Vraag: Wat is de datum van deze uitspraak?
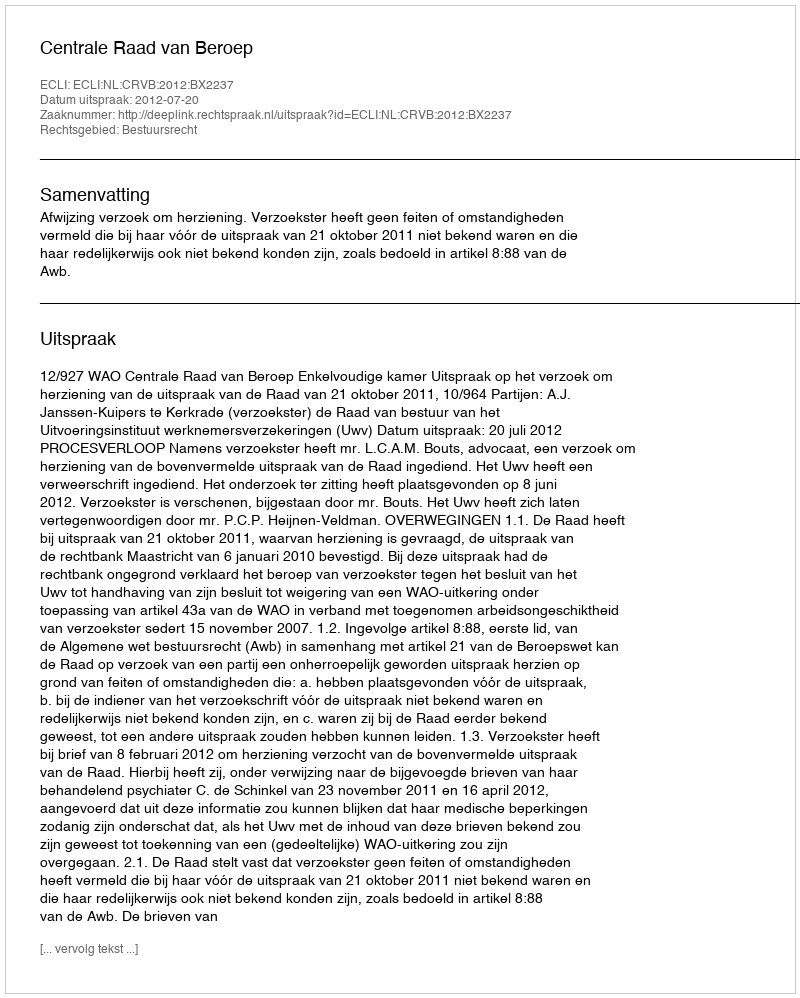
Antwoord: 2012-07-20